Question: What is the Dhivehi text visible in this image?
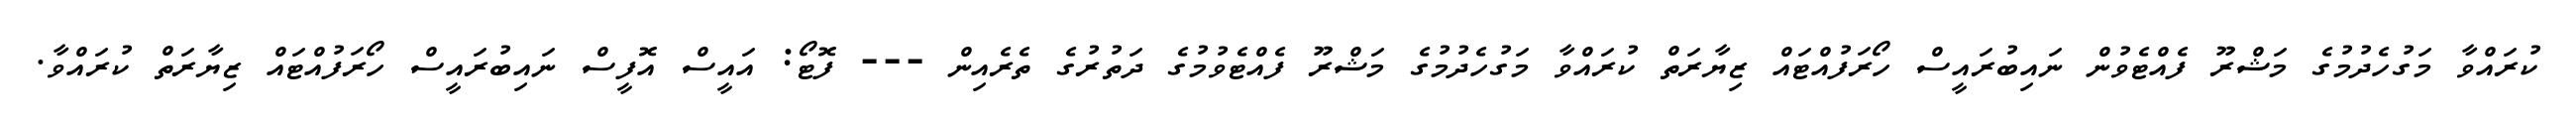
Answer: ކުރައްވާ މަގުހެދުމުގެ މަޝްރޫ ފެއްޓެވުން ނައިބުރައީސް ހޯރަފުއްޓައް ޒިޔާރަތް ކުރައްވާ މަގުހެދުމުގެ މަޝްރޫ ފެއްޓެވުމުގެ ދަތުރުގެ ތެރެއިން --- ފޮޓޯ: އައީސް އޮފީސް ނައިބުރައީސް ހޯރަފުއްޓައް ޒިޔާރަތް ކުރައްވާ.